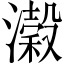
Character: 濲